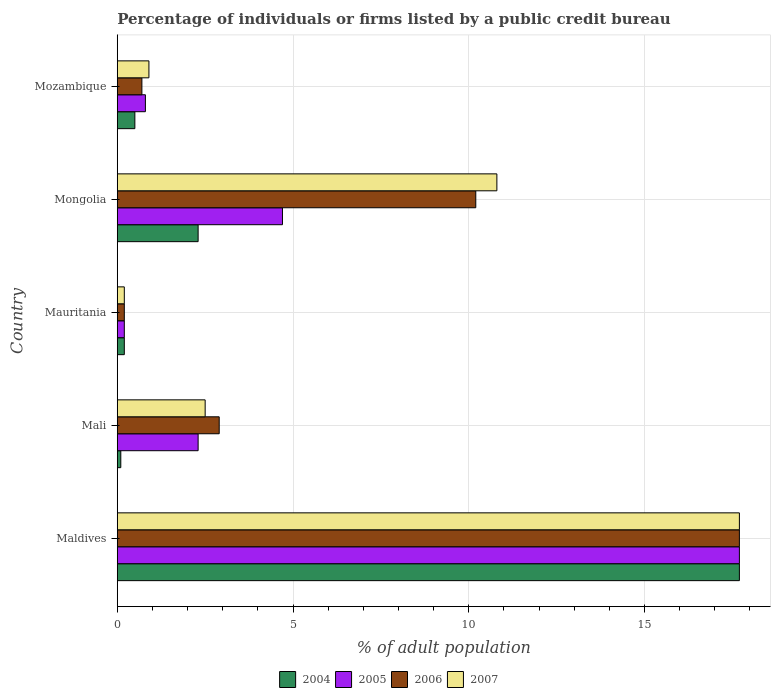
| Country | 2004 | 2005 | 2006 | 2007 |
 | --- | --- | --- | --- | --- |
 | Maldives | 17.7 | 17.7 | 17.7 | 17.7 |
 | Mali | 0.1 | 2.3 | 2.9 | 2.5 |
 | Mauritania | 0.2 | 0.2 | 0.2 | 0.2 |
 | Mongolia | 2.3 | 4.7 | 10.2 | 10.8 |
 | Mozambique | 0.5 | 0.8 | 0.7 | 0.9 |